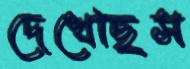
দেখেছিস